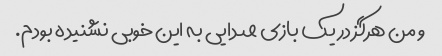
و من هرگز در یک بازی صدایی به این خوبی نشنیده بودم.